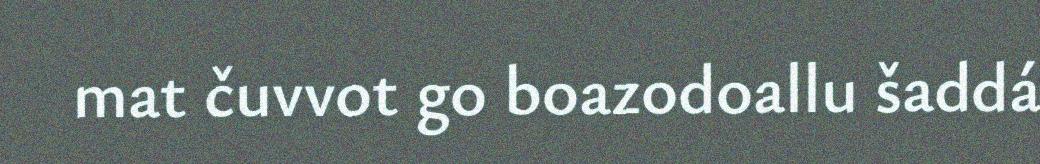
mat čuvvot go boazodoallu šaddá